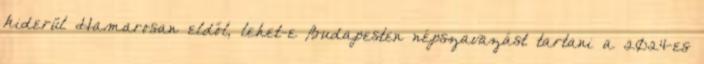
kiderül Hamarosan eldől, lehet-e Budapesten népszavazást tartani a 2024-es